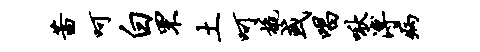
茜呵白罘土呵橇或唱啾溥病